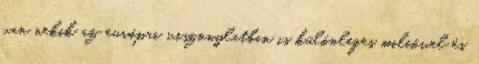
van nekik az európai viszonylatban is különleges miliővel és